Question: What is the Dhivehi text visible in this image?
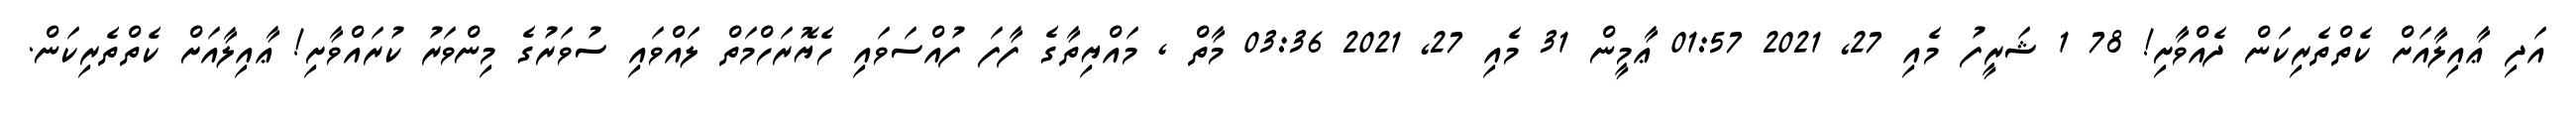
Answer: އަދި ޢާއިލާއަށް ކެތްތެރިކަން ދެއްވާށި! 78 1 ޝަރީފު މެއި 27, 2021 01:57 ޢާމީން 31 މެއި 27, 2021 03:36 މާތް , މައްޔިތާގެ ފާފަ ފުއްސަވައި ހެޔޮރަހްމަތް ލައްވައި ސުވަރުގެ މިންވަރު ކުރައްވާށި! ޢާއިލާއަށް ކެތްތެރިކަން.